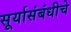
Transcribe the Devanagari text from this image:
सूर्यासंबंधीचे